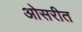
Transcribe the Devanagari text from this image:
ओसरीत